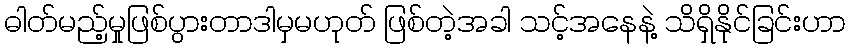
ဓါတ်မည့်မှုဖြစ်ပွားတာဒါမှမဟုတ် ဖြစ်တဲ့အခါ သင့်အနေနဲ့ သိရှိနိုင်ခြင်းဟာ